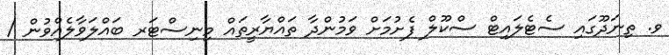
ވ. ތިނަދޫގައި ސެޓެލައިޓް ސްކޫލް ފެށުމަށް ވަމުންދާ ތައްޔާރީތައް މިނިސްޓަރ ބައްލަވާލެއްވުން /